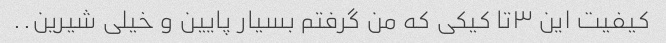
کیفیت این ۳تا کیکی که من گرفتم بسیار پایین و خیلی شیرین..